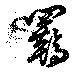
羈